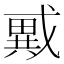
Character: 𢨇